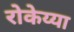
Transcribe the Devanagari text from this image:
रोकेय्या